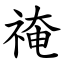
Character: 䄋